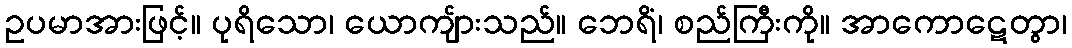
ဥပမာအားဖြင့်။ ပုရိသော၊ ယောကျ်ားသည်။ ဘေရိံ၊ စည်ကြီးကို။ အာကောဋေတွာ၊